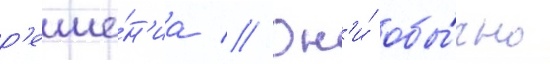
р'еше́н'иа // Он'и́ обы́чно